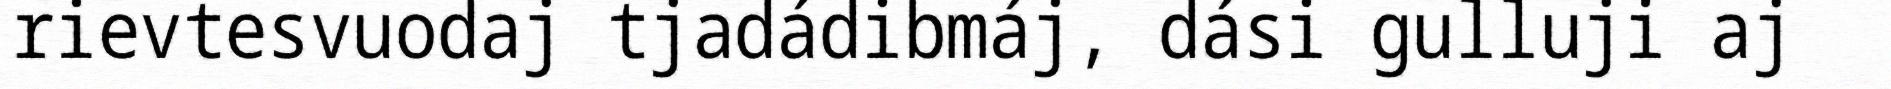
rievtesvuodaj tjadádibmáj, dási gulluji aj